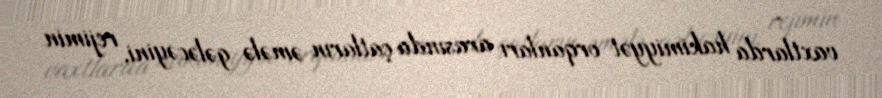
vaxtlarda hakimiyyət orqanları arasında çatların əmələ gələcəyini, rejimin